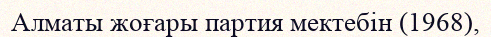
Алматы жоғары партия мектебін (1968),